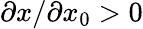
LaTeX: \partial x/\partial x_{0}>0